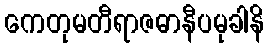
ကေတုမတီရာဇဓာနီပမုခါနိ